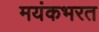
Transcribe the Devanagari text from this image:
मयंकभरत